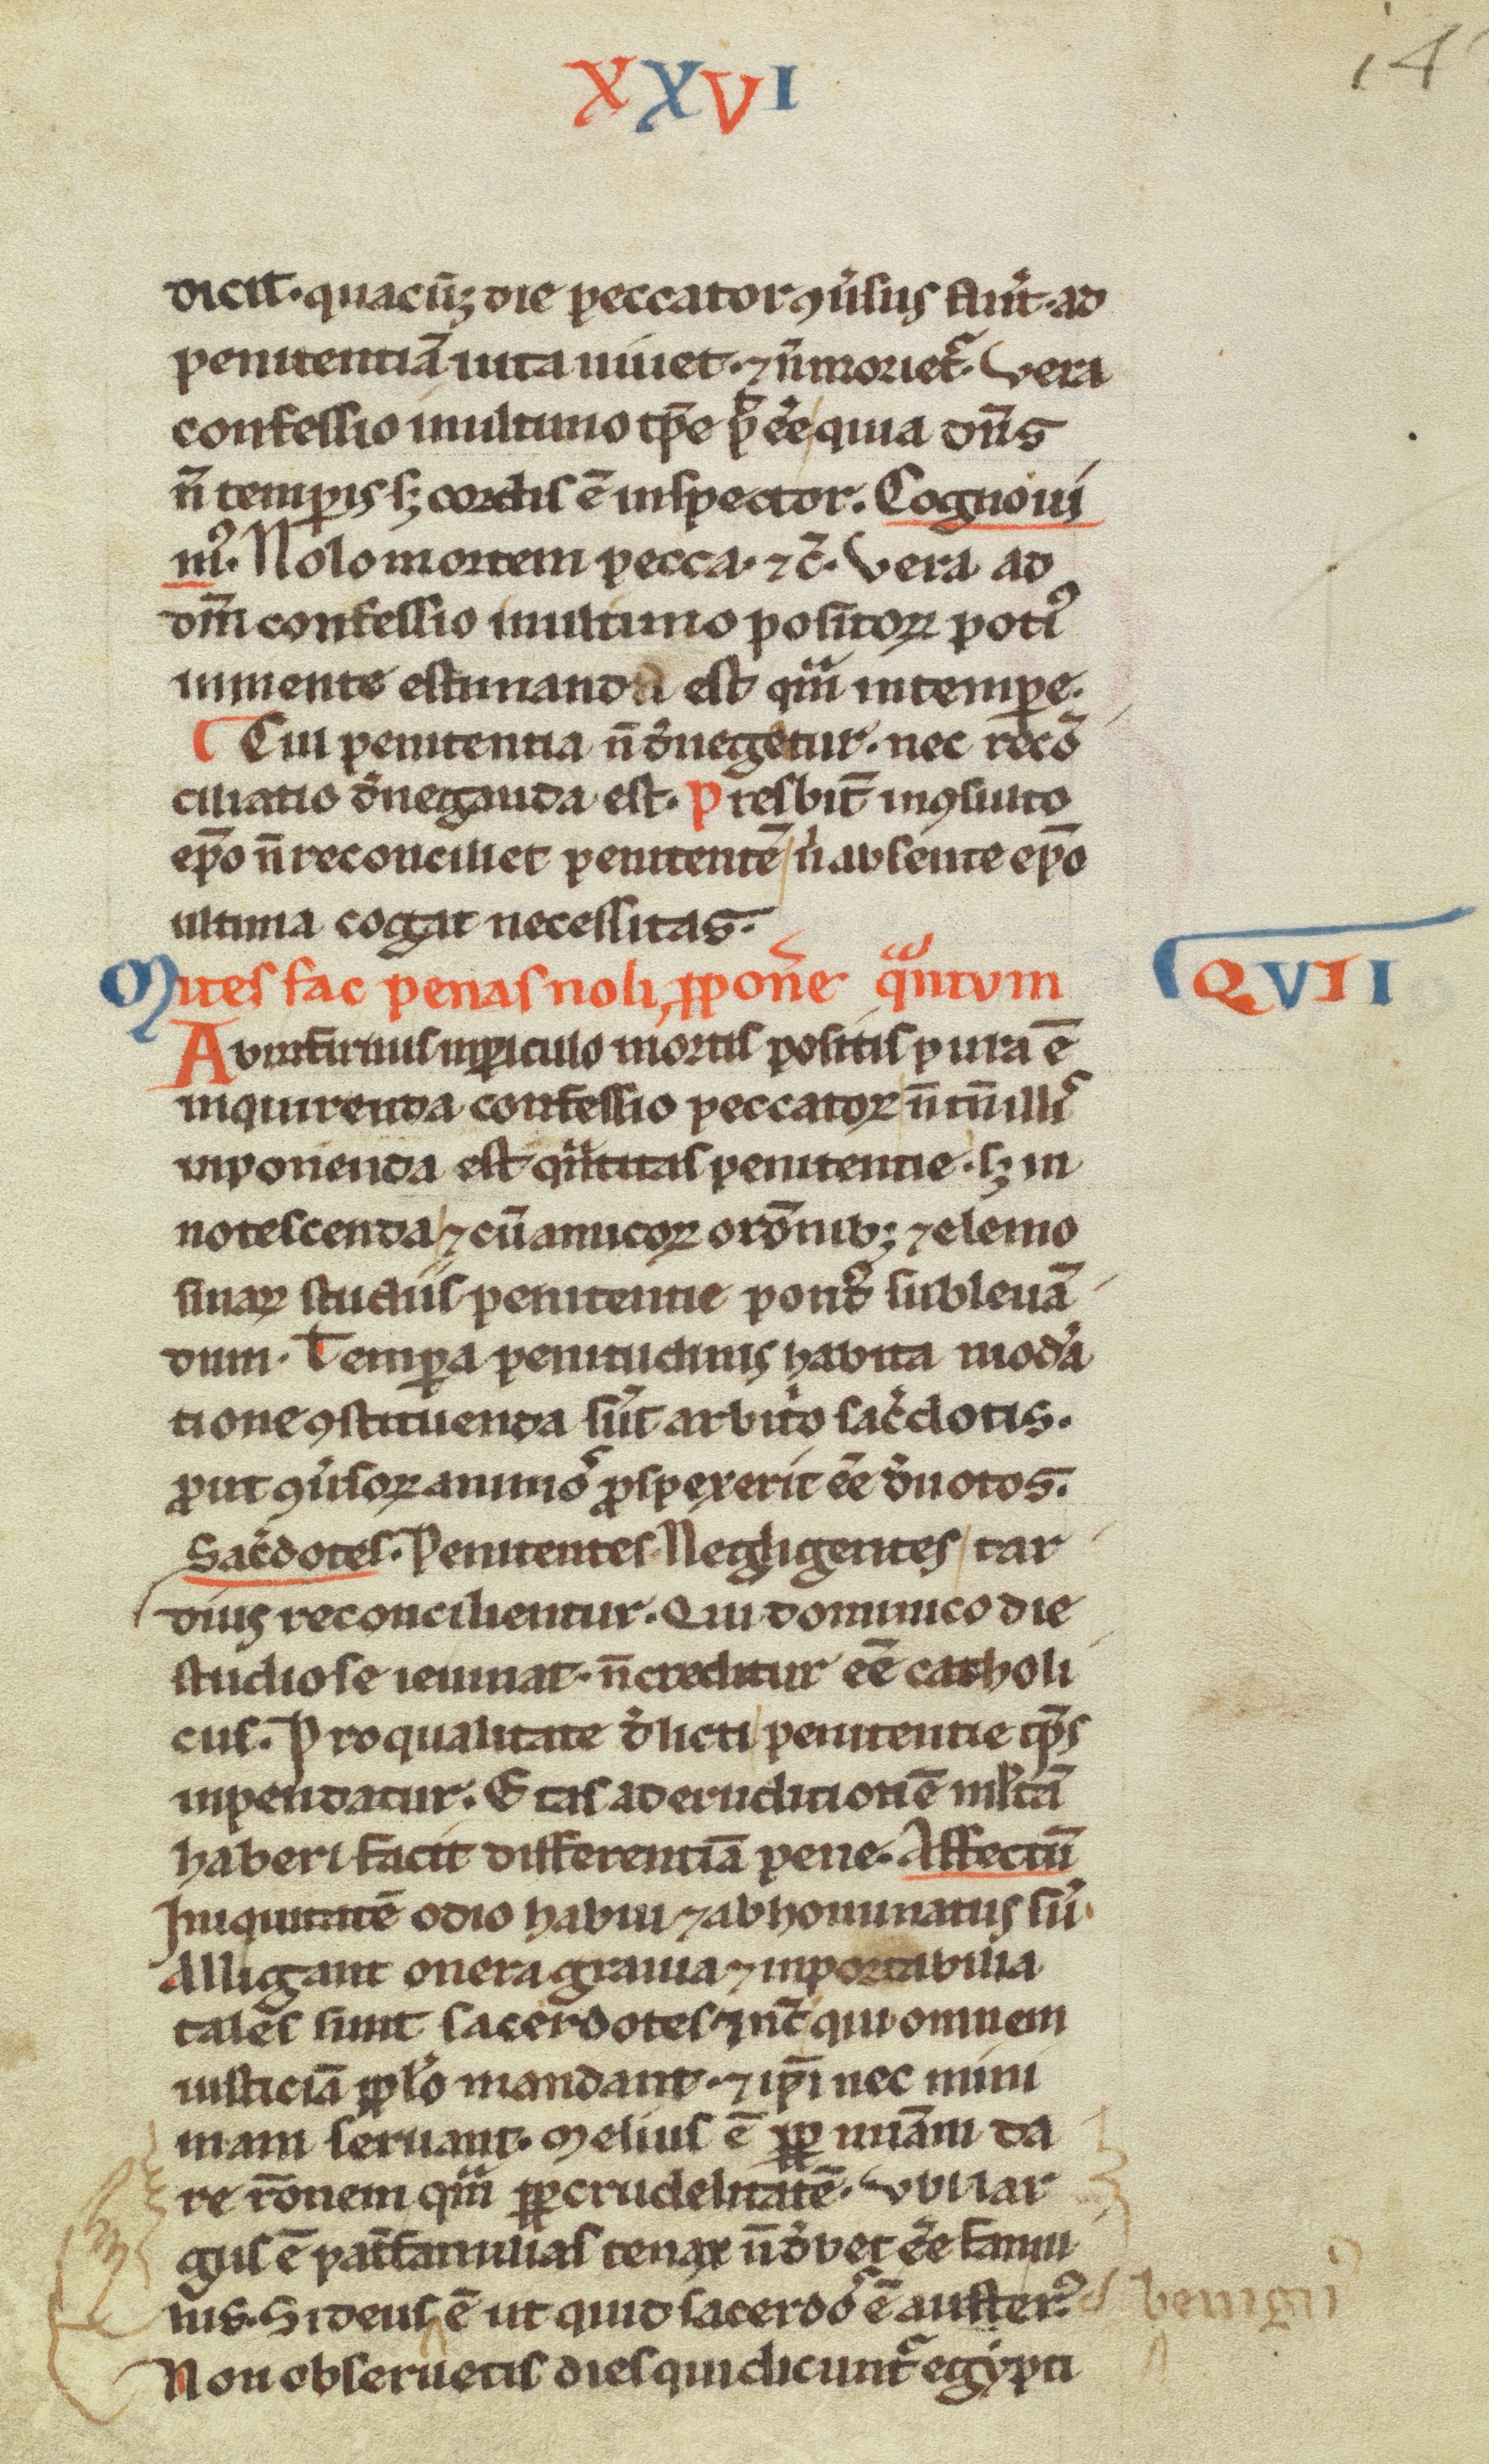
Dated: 1200–1299